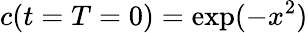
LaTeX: c(t=T=0)=\exp(-x^{2})